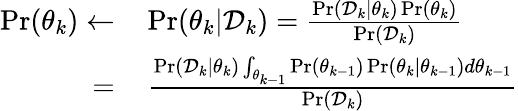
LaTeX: \begin{array}{rl}{\operatorname*{Pr}(\theta_{k})\leftarrow}&{\, \operatorname*{Pr}(\theta_{k}|\mathcal{D}_{k})=\frac{\operatorname*{Pr}(\mathcal{D}_{k}|\theta_{k})\operatorname*{Pr}(\theta_{k})}{\operatorname*{Pr}(\mathcal{D}_{k})}}\\ {=}&{\, \frac{\operatorname*{Pr}(\mathcal{D}_{k}|\theta_{k})\int_{\theta_{k-1}}\operatorname*{Pr}(\theta_{k-1})\operatorname*{Pr}(\theta_{k}|\theta_{k-1})d\theta_{k-1}}{\operatorname*{Pr}(\mathcal{D}_{k})}}\end{array}